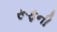
રૂફની